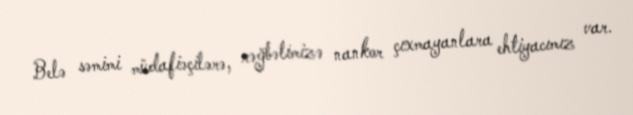
Belə səmimi müdafiəçilərə, rəğbətimizə nankor çıxmayanlara ehtiyacımız var.